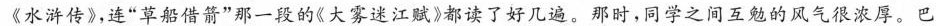
《水浒传》，连”草船借箭”那一段的《大雾述江赋》都读了好几遍。那时，同学之间互勉的风气很浓厚，巴